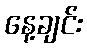
နေ့ချင်း